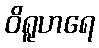
ဝိရူဟရေ